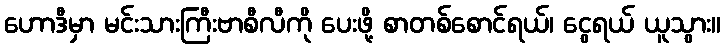
ဟောဒီမှာ မင်းသားကြီးဗာစီလီကို ပေးဖို့ စာတစ်စောင်ရယ်၊ ငွေရယ် ယူသွား။